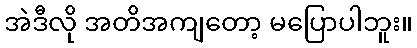
အဲဒီလို အတိအကျတော့ မပြောပါဘူး။